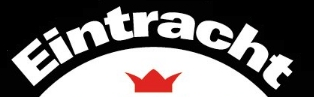
Eintracht